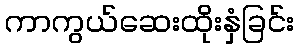
ကာကွယ်ဆေးထိုးနှံခြင်း